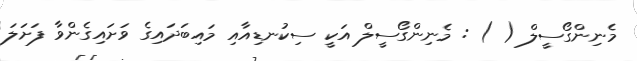
މެނިންގޯސީލް ( ) : މެނިންގޯސީލް އަކީ ސިކުނޑިއާއި މައިބަދައިގެ ވަށައިގެންވާ ފަށަލަ